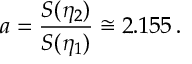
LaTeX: a = \frac { S ( \eta _ { 2 } ) } { S ( \eta _ { 1 } ) } \cong 2 . 1 5 5 \, .